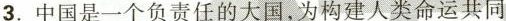
3.中国是一个负责任的大国，为构建人类命运共同